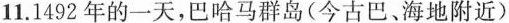
11.1492年的一天，巴哈马群岛(今古巴、海地附近)